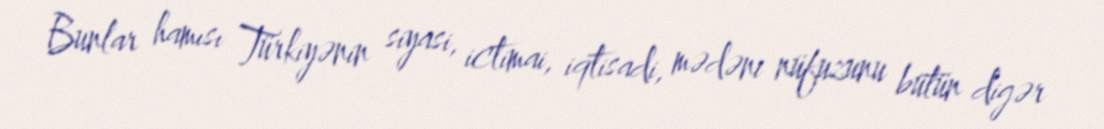
Bunlar hamısı Türkiyənin siyasi, ictimai, iqtisadi, mədəni nüfuzunu bütün digər